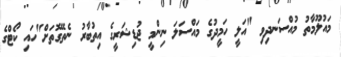
މައުލޫމާތު މުއްސަނދިވި "އަލީ ހަމީދުގެ މައްސަލަ ނިންމީ ޖުޑިޝަރީގެ އިތުބާރު ނެތޭގޮތަށް"ހައި ކޯޓްގެ